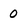
Character: 0